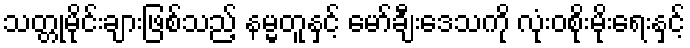
သတ္တုမိုင်းချားဖြစ်သည့် နမ္မတူနှင့် မော်ချီးဒေသကို လုံးဝစိုးမိုးရေးနှင့်